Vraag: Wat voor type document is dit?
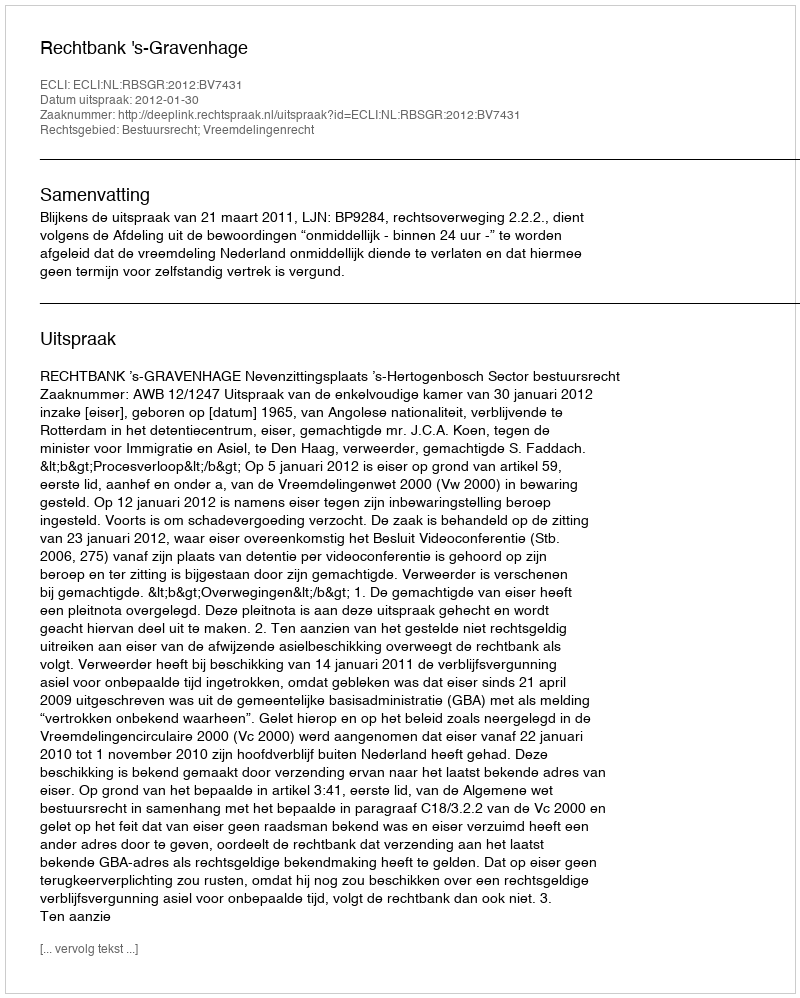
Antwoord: Uitspraak